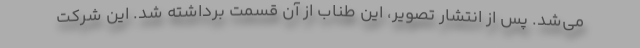
می‌شد. پس از انتشار تصویر، این طناب از آن قسمت برداشته شد. این شرکت